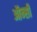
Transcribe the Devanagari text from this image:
ऑन्सी